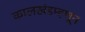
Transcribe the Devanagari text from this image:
कालखंडम्हणून